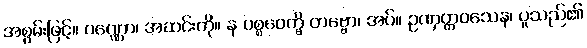
အစွမ်းဖြင့်။ ဝဏ္ဏော၊ အဆင်းကို။ န ပစ္စဝေက္ခိ တဗ္ဗော၊ အပ်။ ဥဏှတ္တဝသေန၊ ပူသည်၏